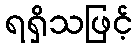
ရရှိသဖြင့်